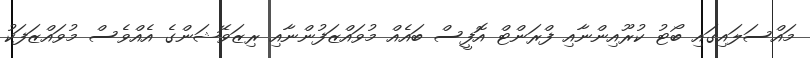
މައްސަލައިގައި ބޯޓު ކުރޫއިންނާއި ފްރަންޓް އޮފީސް ބައެއް މުވައްޒަފުންނާއި ރިޒަވޭޝަންގެ އެއްވެސް މުވައްޒަފަކު